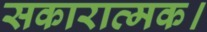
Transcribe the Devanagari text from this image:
सकारात्मक।